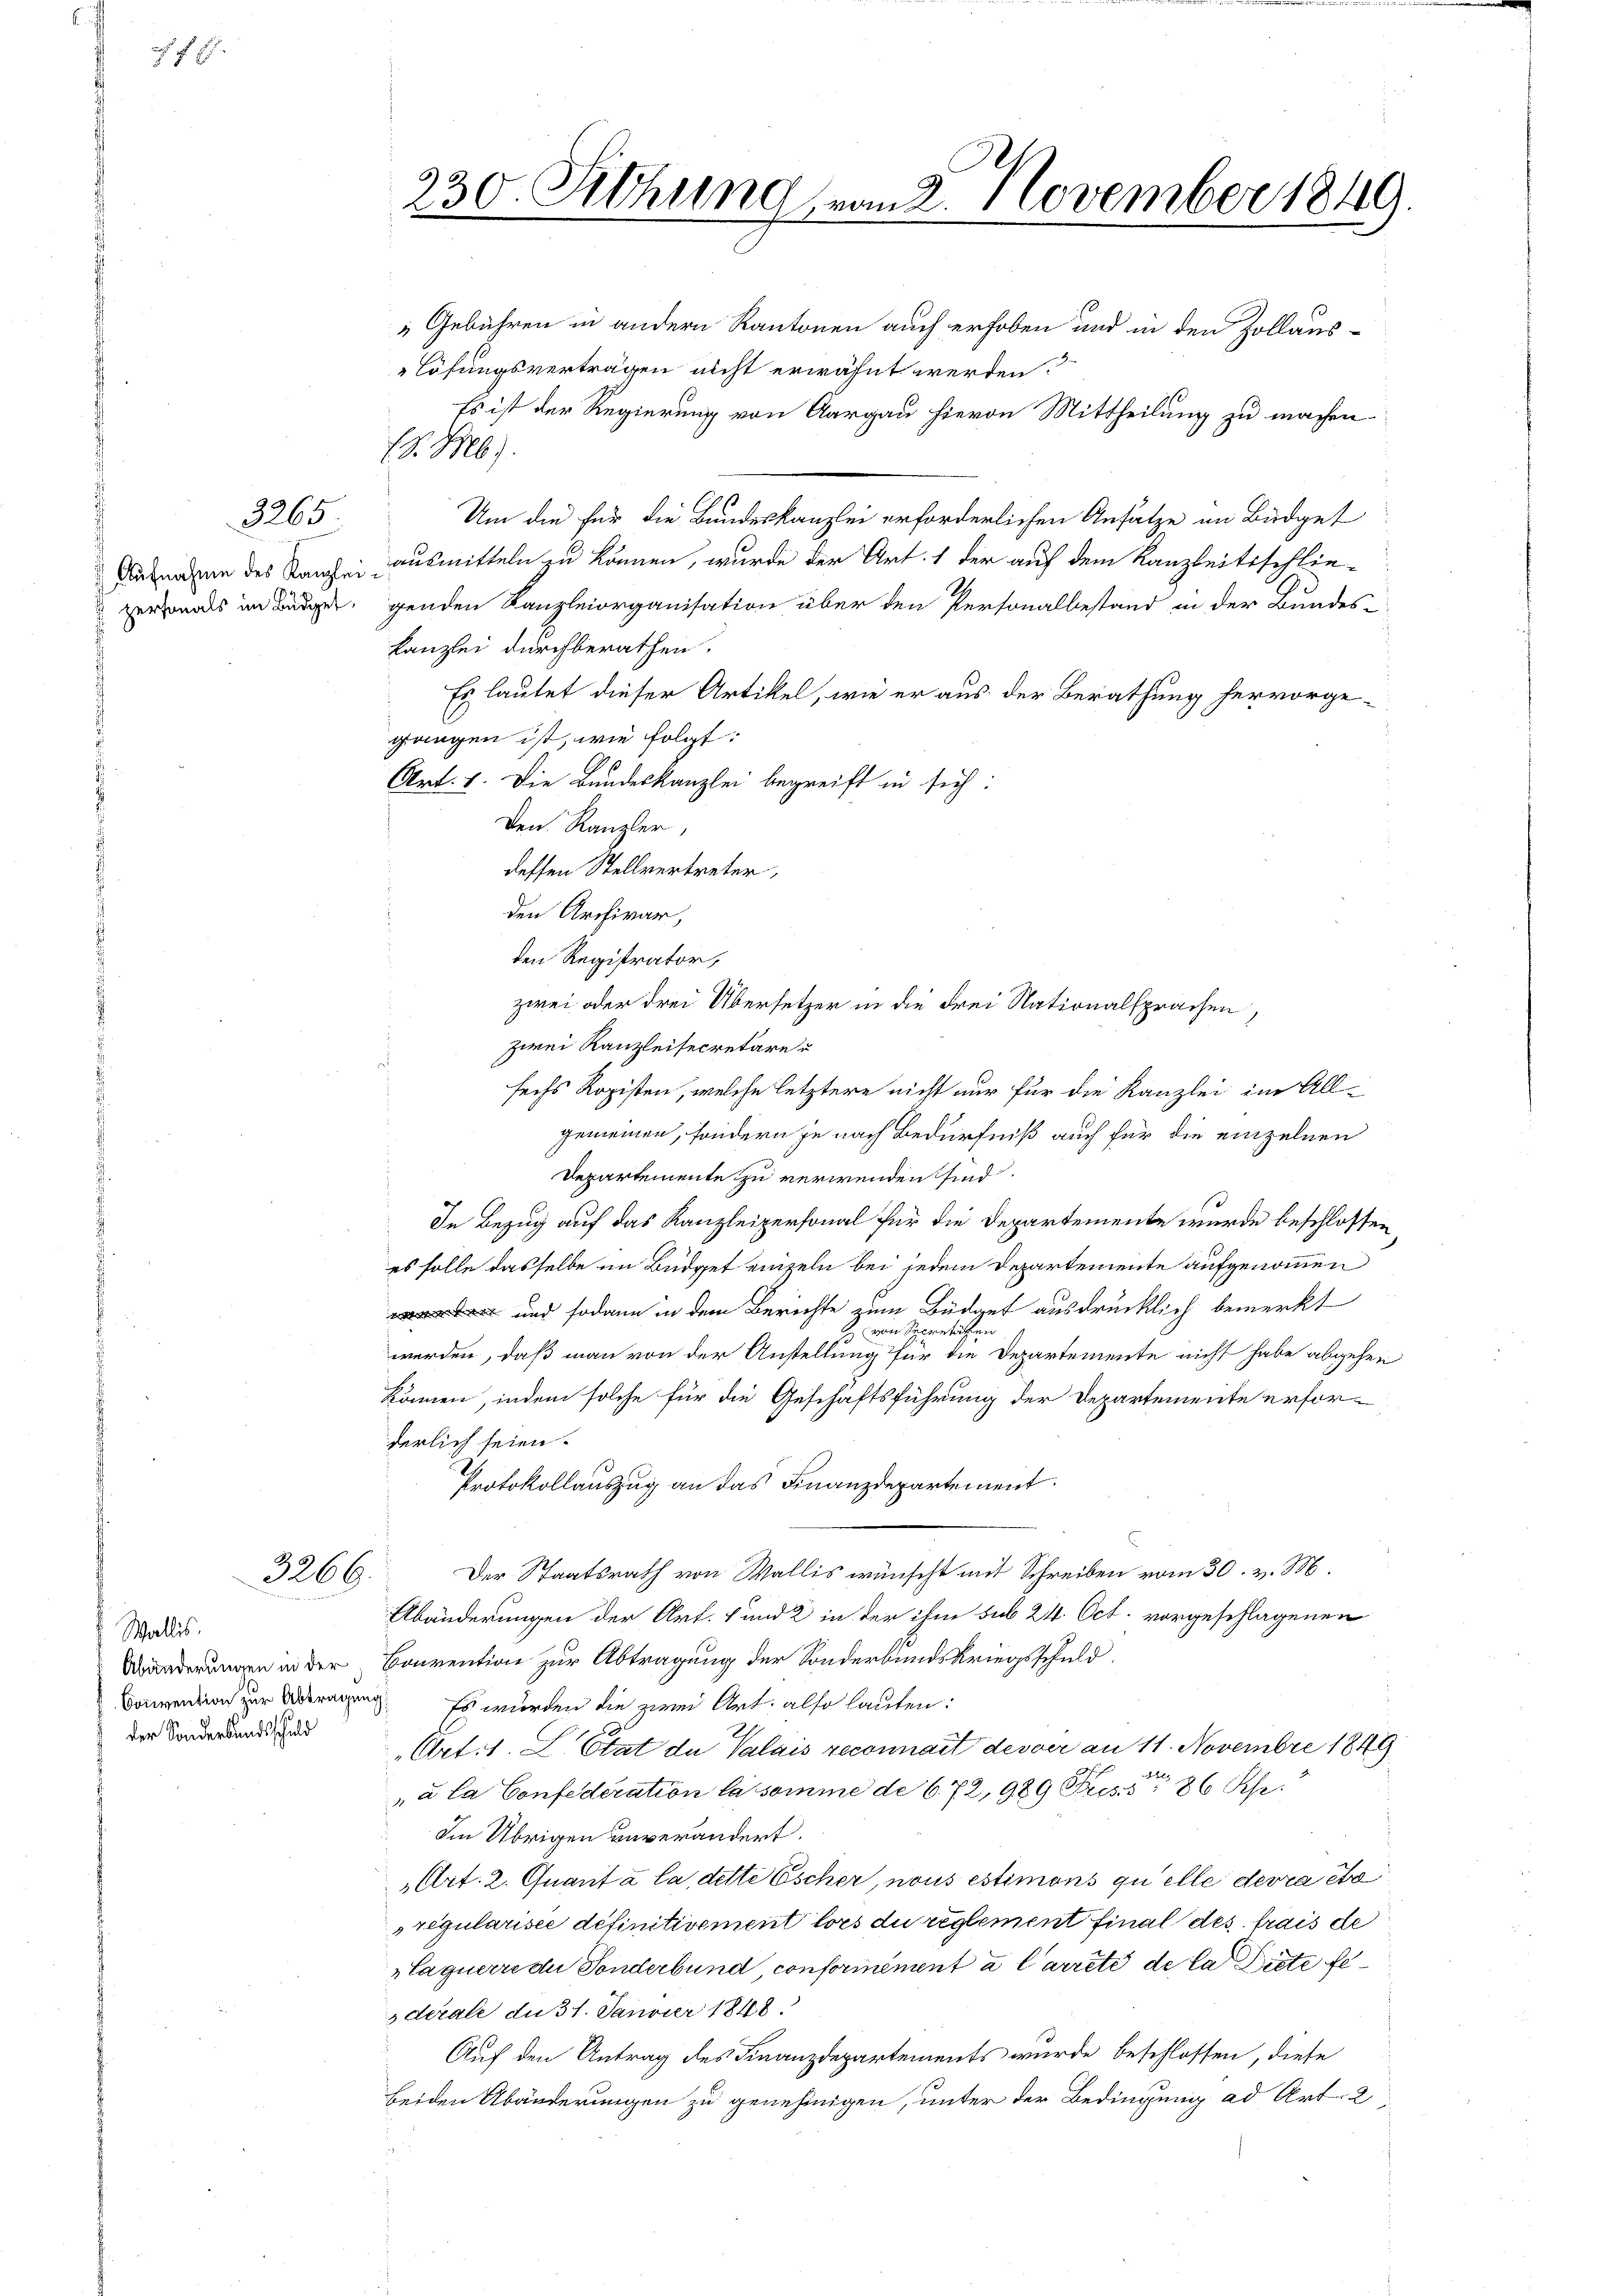
f 8

3265

Aufnahme des Kanzlei
 personals im Büdget¬

3266.

Wallis.
der Sonderbundsschuld

230. Sitzung vom 2. November 1849.

Gebühren in andern Kantonen auch erhoben und in den Zollaus-
lösungsverträgen nicht erwähnt werden.
Es ist der Regierung von Aargau hievon Mittheilung zu machen
V. b)
Um die für die Bundeskanzlei erforderlichen Ansätze im Büdget
ausmitteln zu können, wurde der Art. 1 der auf dem Kanzleitsschlie-
genden Kanzleiorganisation über den Personalbestand in der Bundes-
Kanzlei durchberathen.
Es lautet dieser Artikel, wie er aus der Berathung hervorge-
gangen ist, wie folgt:
Art. 1. Die Bundeskanzlei begreift in sich:
Den Kanzler,
dessen Stellvertreter,
den Archivar,
i
den Registrator,
zwei oder drei Übersetzer in die Frei Nationalsprachen,
zwei Kanzleisecretäre u
sechs Ropisten, welche letztere nicht nur für die Kanzlei im All-
gemeinen, sondern je nach Bedürfniß auch für die einzelnen
Departemente zu verwenden sind.
In Bezug auf das Kanzleipersonal für die Departemente wurde beschlossen
es solle dasselbe im Büdget einzeln bei jedem Departemente aufgenommen
n und sodann in dem Berichte zum Büdget ausdrücklich bemerkt
s von Separtiefen
werden, daß man von der Anstellung für die Departemente nicht habe abgehen
können, indem solche für die Geschäftsführung der Departemente erfor-
derlich seien.
Protokollauszug an das Finanzdepartement.
Der Staatsrath von Wallis wünscht mit Schreiben vom 30. v. M.
Abänderungen der Art. 1 und 2 in der ihm sub 24. Oct. vorgeschlagenen
Orderungen in der Convention zur Abtragung der Sonderbundskriegsschuld.
Convention zur Antragung. Es wurden die zwei Art. also lauten:
Art: 1. L Etat de Valais reconnait desser an 11. Novembre 1849
4l.
„à la Confederation la somme de 6. 72, 989 Press 86 Khr.
Im Übrigen unverändert.
Art. 2. Quant à la dette Escher, nous estimons quelle devra eta
regularisce définitivement lors du reglement final des frais de
Laguerre du Sonderbund conformément a Carreté de la dicte fe
derale du 31. Janvier 1848
Auf den Antrag des Finanzdepartements wurde beschlossen, diese
beiden Abänderungen zu genehmigen, unter der Bedingung ad Art. 2